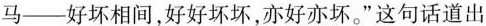
马——好坏相间,好好坏坏,亦好亦坏。”这句话道出